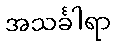
အသင်္ခါရာ